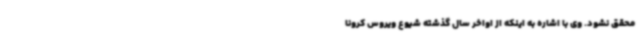
محقق نشود. وی با اشاره به اینکه از اواخر سال گذشته شیوع ویروس کرونا